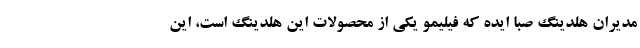
مدیران هلدینگ صبا ایده که فیلیمو یکی از محصولات این هلدینگ است، این